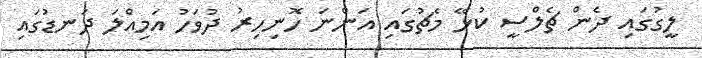
ލީގުގައި ދެން ޗެލްސީ ކުޅޭ މެޗުގައި އަންނަ ހޮނިހިރު ދުވަހު އަމިއްލަ ދަނޑުގައި